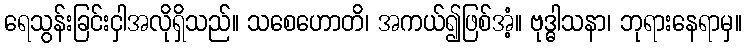
ရေသွန်းခြင်းငှါအလိုရှိသည်။ သစေဟောတိ၊ အကယ်၍ဖြစ်အံ့။ ဗုဒ္ဓါသနာ၊ ဘုရားနေရာမှ။